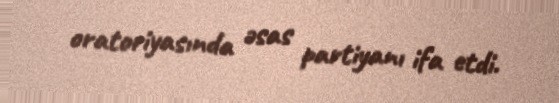
oratoriyasında əsas partiyanı ifa etdi.